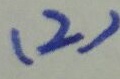
( 2 )